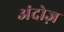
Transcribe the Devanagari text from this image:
अंदोज़